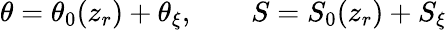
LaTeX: \theta=\theta_{0}(z_{r})+\theta_{\xi},\qquad S=S_{0}(z_{r})+S_{\xi}